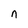
Character: n